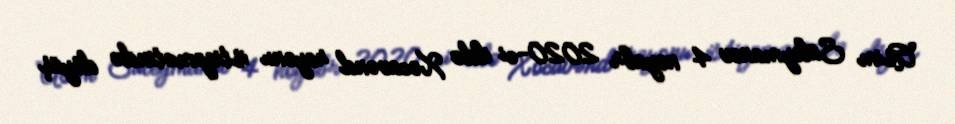
Asim Süleymanov 4 noyabr 2020-ci ildə Xocavənd rayonu istiqamətində döyüş